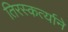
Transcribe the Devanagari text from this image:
तिरस्कर्त्याने